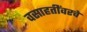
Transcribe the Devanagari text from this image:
वसाहतींवरचे